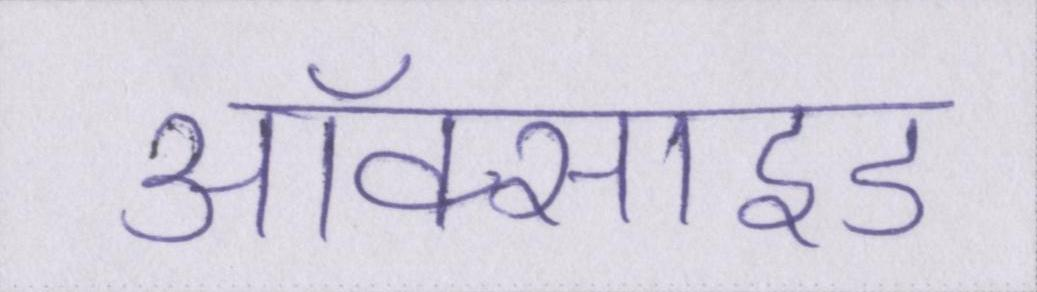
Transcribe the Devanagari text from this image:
ऑक्साइड